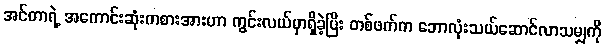
အင်တာရဲ့ အကောင်းဆုံးကစားအားဟာ ကွင်းလယ်မှာရှိခဲ့ပြီး တစ်ဖက်က ဘောလုံးသယ်ဆောင်လာသမျှကို